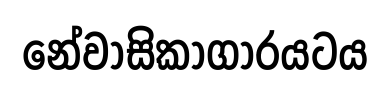
නේවාසිකාගාරයටය